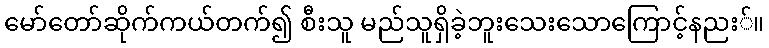
မော်တော်ဆိုက်ကယ်တက်၍ စီးသူ မည်သူရှိခဲ့ဘူးသေးသောကြောင့်နညး်။